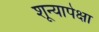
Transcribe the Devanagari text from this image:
शून्यापेक्षा